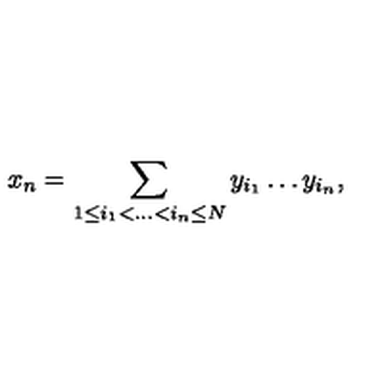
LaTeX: x _ { n } = \sum _ { 1 \leq i _ { 1 } < . . . < i _ { n } \leq N } y _ { i _ { 1 } } \dots y _ { i _ { n } } ,